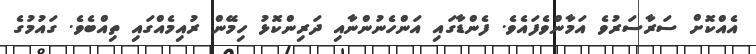
އެއްކޮށް ސަރާސަރުވެ އަމާންވެފައެވެ. ފެންޑާގައި އަންހެނުންނާއި ދަރިންކޮޅު ހިމޭން ރުއިމެއްގައި ތިއްބެވެ. ގައުމުގެ